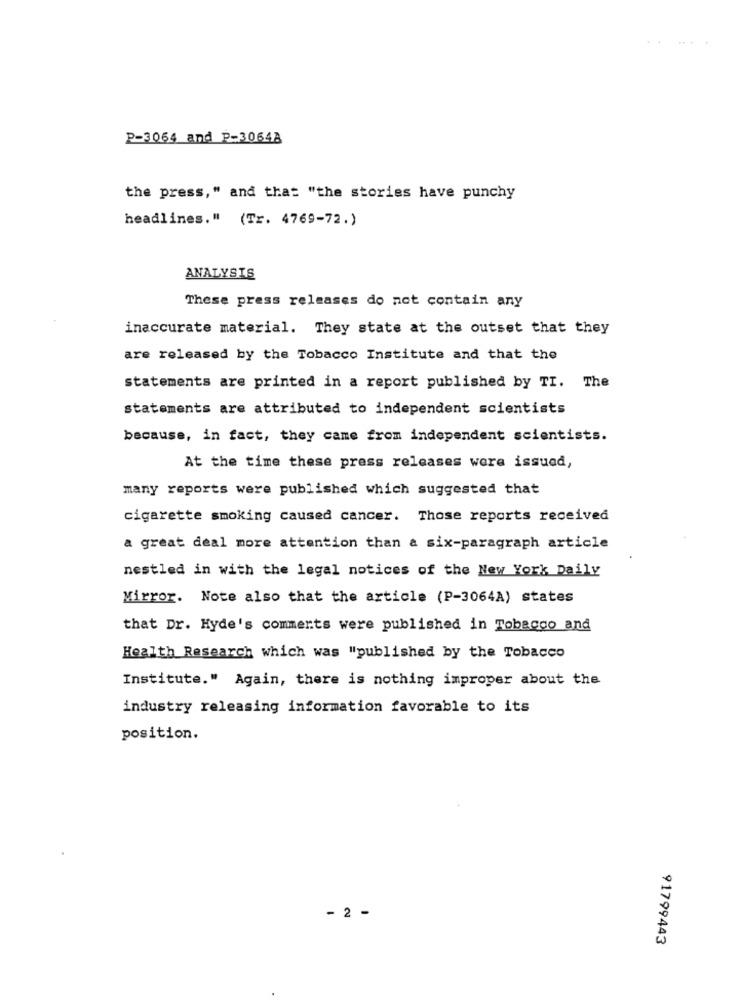
P-3064 and P-30648
the press," and that "the stories have punchy
headlines." (Tr. 4769-72.)
ANALYSIS
These press releases do not contain any
inaccurate material. They state at the outset that they
are released by the Tobacco Institute and that the
statements are printed in a report published by TI. The
statements are attributed to independent scientists
because, in fact, they came from independent scientists.
At the time these press releases were issued,
many reports were published which suggested that
cigarette smoking caused cancer. Those reports received
a great deal more attention than a six-paragraph article
nestled in with the legal notices of the New York Daily
Mirror. Note also that the article (P-3064A) states
that Dr. Hyde's comments were published in Tobacco and
Health Research which was "published by the Tobacco
Institute." Again, there is nothing improper about the
industry releasing information favorable to its
position.
- 2 -
91799443